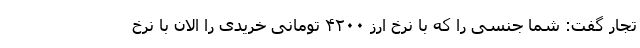
تجار گفت: شما جنسی را که با نرخ ارز ۴۲۰۰ تومانی خریدی را الان با نرخ